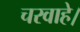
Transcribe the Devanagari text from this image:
चरवाहे।